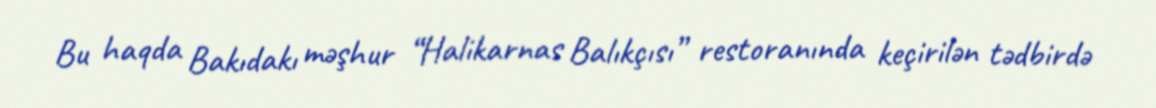
Bu haqda Bakıdakı məşhur “Halikarnas Balıkçısı” restoranında keçirilən tədbirdə